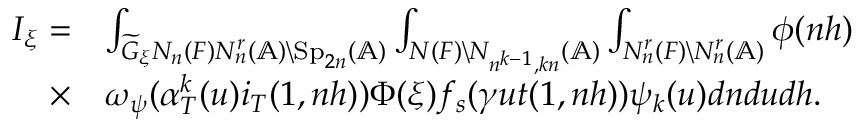
\begin{array} { r l } { I _ { \xi } = } & { \int _ { \widetilde { G } _ { \xi } N _ { n } ( F ) N _ { n } ^ { r } ( \mathbb { A } ) \backslash \mathrm { S p } _ { 2 n } ( \mathbb { A } ) } \int _ { N ( F ) \backslash N _ { n ^ { k - 1 } , k n } ( \mathbb { A } ) } \int _ { N _ { n } ^ { r } ( F ) \backslash N _ { n } ^ { r } ( \mathbb { A } ) } \phi ( n h ) } \\ { \times } & { \omega _ { \psi } ( \alpha _ { T } ^ { k } ( u ) i _ { T } ( 1 , n h ) ) \Phi ( \xi ) f _ { s } ( \gamma u t ( 1 , n h ) ) \psi _ { k } ( u ) d n d u d h . } \end{array}